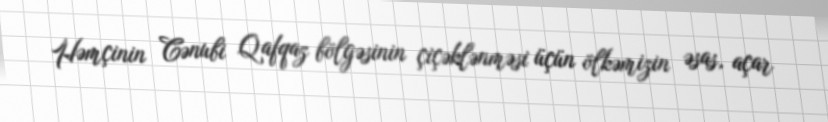
Həmçinin Cənubi Qafqaz bölgəsinin çiçəklənməsi üçün ölkəmizin əsas, açar